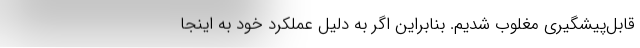
قابل‌پیشگیری مغلوب شدیم. بنابراین اگر به دلیل عملکرد خود به اینجا